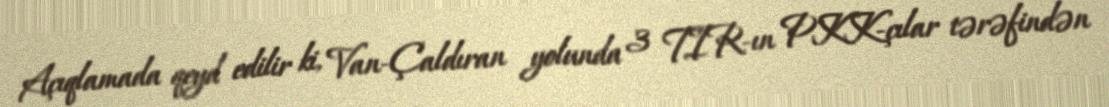
Açıqlamada qeyd edilir ki, Van-Çaldıran yolunda 3 TIR-ın PKK-çılar tərəfindən